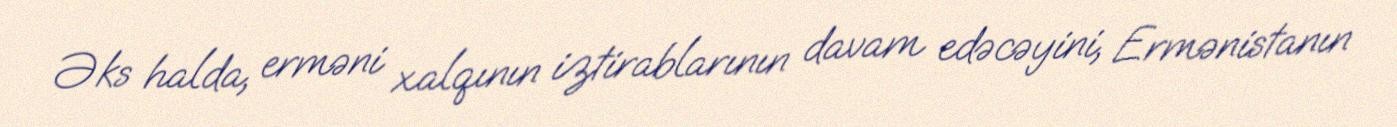
Əks halda, erməni xalqının iztirablarının davam edəcəyini, Ermənistanın